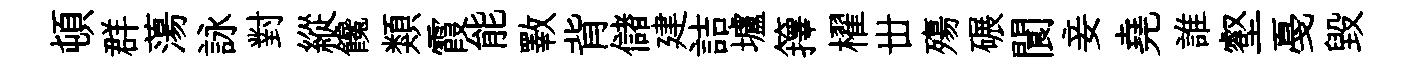
頓群蕩詠對縱饞類霞能斁背儲建詰壚籜櫂丗殤碾閬妾堯誰壑戞毁